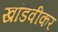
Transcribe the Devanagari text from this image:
खांडवीकर